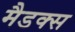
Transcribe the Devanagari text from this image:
मैडक्स